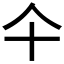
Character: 仐